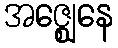
အဇ္ဈေနေ